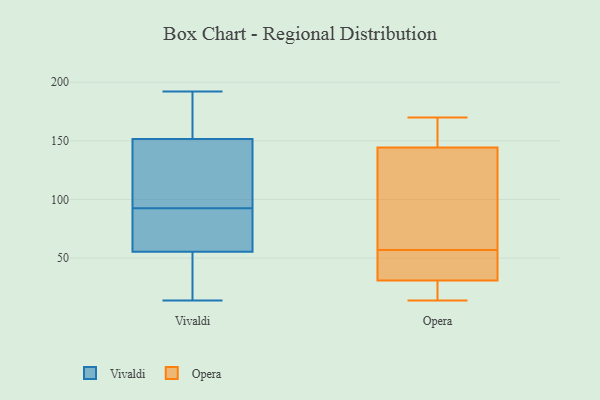
{"axis": {"x": "LTV (USD)", "y": "Value"}, "legend": ["Opera", "Vivaldi"], "data": [{"x": "", "y": 89, "type": "Vivaldi"}, {"x": "", "y": 14, "type": "Vivaldi"}, {"x": "", "y": 192, "type": "Vivaldi"}, {"x": "", "y": 131, "type": "Vivaldi"}, {"x": "", "y": 133, "type": "Vivaldi"}, {"x": "", "y": 86, "type": "Vivaldi"}, {"x": "", "y": 39, "type": "Vivaldi"}, {"x": "", "y": 154, "type": "Vivaldi"}, {"x": "", "y": 96, "type": "Vivaldi"}, {"x": "", "y": 81, "type": "Vivaldi"}, {"x": "", "y": 162, "type": "Vivaldi"}, {"x": "", "y": 149, "type": "Vivaldi"}, {"x": "", "y": 177, "type": "Vivaldi"}, {"x": "", "y": 71, "type": "Vivaldi"}, {"x": "", "y": 40, "type": "Vivaldi"}, {"x": "", "y": 14, "type": "Vivaldi"}, {"x": "", "y": 145, "type": "Opera"}, {"x": "", "y": 15, "type": "Opera"}, {"x": "", "y": 34, "type": "Opera"}, {"x": "", "y": 170, "type": "Opera"}, {"x": "", "y": 53, "type": "Opera"}, {"x": "", "y": 28, "type": "Opera"}, {"x": "", "y": 163, "type": "Opera"}, {"x": "", "y": 150, "type": "Opera"}, {"x": "", "y": 142, "type": "Opera"}, {"x": "", "y": 30, "type": "Opera"}, {"x": "", "y": 57, "type": "Opera"}, {"x": "", "y": 39, "type": "Opera"}, {"x": "", "y": 71, "type": "Opera"}, {"x": "", "y": 15, "type": "Opera"}, {"x": "", "y": 37, "type": "Opera"}, {"x": "", "y": 115, "type": "Opera"}, {"x": "", "y": 80, "type": "Opera"}, {"x": "", "y": 14, "type": "Opera"}, {"x": "", "y": 170, "type": "Opera"}]}